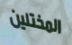
المختلين